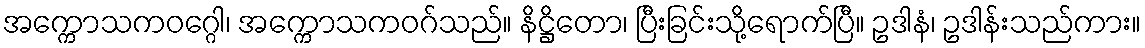
အက္ကောသကဝဂ္ဂေါ၊ အက္ကောသကဝဂ်သည်။ နိဋ္ဌိတော၊ ပြီးခြင်းသို့ရောက်ပြီ။ ဥဒါနံ၊ ဥဒါန်းသည်ကား။